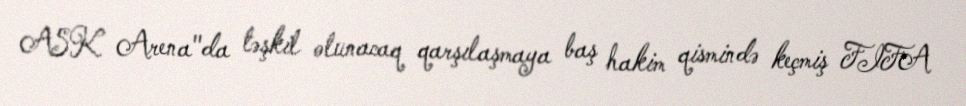
ASK Arena"da təşkil olunacaq qarşılaşmaya baş hakim qismində keçmiş FIFA